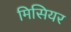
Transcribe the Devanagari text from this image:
मिसियर